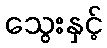
သွေးနှင့်